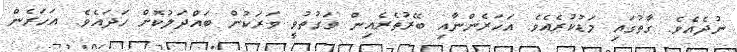
ނުދެއެވެ. ގާތުގައި މަޑުކުރެއެވެ. އަހަރެންނާއި ބޭރުތެރެއިން ވަގުތުވީ ވަރަކުން ބައްދަލުކޮށް ހަދައެވެ. އަހަރެން